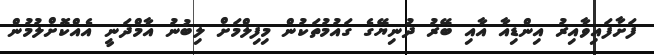
ފަށާފައިވާއިރު އިންޑިއާ އާއި ބޭރު ދުނިޔޭގެ ގައުމުތަކުން މިފިލްމަށް ލިބުނު އާމްދަނީ އެއްކޮށްލުމުން